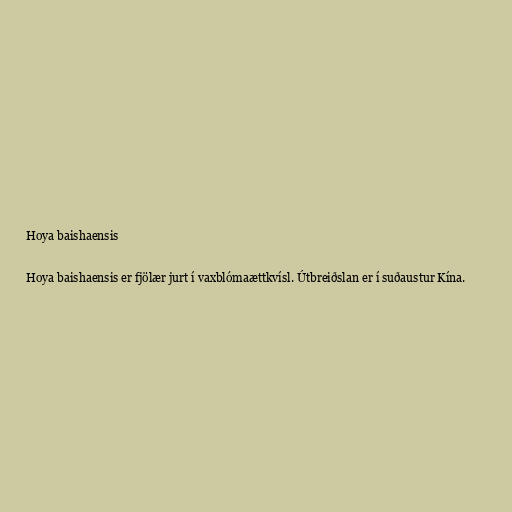
Hoya baishaensis

Hoya baishaensis er fjölær jurt í vaxblómaættkvísl. Útbreiðslan er í suðaustur Kína.